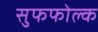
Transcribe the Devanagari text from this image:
सुफफोल्क